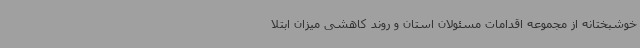
خوشبختانه از مجموعه اقدامات مسئولان استان و روند کاهشی میزان ابتلا